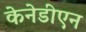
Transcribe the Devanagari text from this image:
केनेडीएन